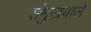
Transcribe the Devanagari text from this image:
संमुखवाले